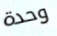
وحدة